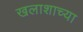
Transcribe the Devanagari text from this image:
खलाशाच्या